Report of the King Institute of Preventive Medicine, Guindy
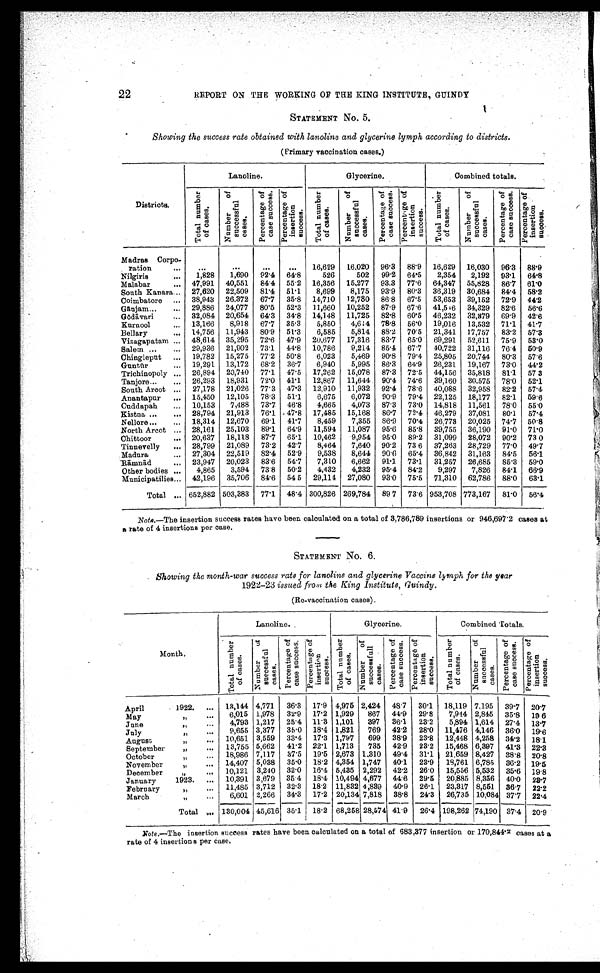
22
REPORT ON THE WORKING OF THE KING INSTITUTE, GUINDY
STATEMENT No. 5.
Showing the success rate obtained with lanoline and glycerine lymph according to districts.
(Primary vaccination cases.)
Districts.
Lanoline.
Glycerine.
Combined totals.
T o t a l n u m b e r o f c a s e s .
N u m b e r o f s u c c e s s f u l c a s e s .
P e r c e n t a g e o f c a s e s u c c e s s .
p e r c e n t a g e o f i n s e r t i o n s u c c e s s .
T o t a l n u m b e r o f c a s e s .
N u m b e r o f s u c c e s s f u l c a s e s .
P e r c e n t a g e o f c a s e s u c c e s s .
P e r c e n t a g e o f i n s e r t i o n s u c c e s s .
T o t a l n u m b e r o f c a s e s .
N u m b e r o f s u c c e s s f u l c a s e s .
P e r c e n t a g e o f c a s e s u c c e s s .
P e r c e n t a g e o f i n s e r t i o n s u c c e s s .
Madras Corpo -
ration . . .
. . .
. . .
. . .
. . .
16,629
16,020
96.3
88.9
16,629
16,030
96.3
88.9
Nilgiris . . .
1,828
1,690
92.4
64.8
526
502
99.2
64.5
2,354
2,192
93.1
64.8
47,991
40,551
84.4
55.2
16,356
15,277
93.3
77.6
64,347
55,828
86.7
61.0
Malabar . . .
South Kanara . . .
27,620
22,509
81.4
51.1
8,699
8,175
93.9
80.3
36,319
30,684
84.4
58.2
Coimbatore . . .
38,943
26,372
67.7
35.8
14,710
12,780
86.8
67.5
53,653
39,152
72.9
44.2
G a n j a m . . .
29,886
24,077
80.5
52.3
11,660
10,252
87.9
67.6
41,546
34,329
82.6
56.6
32,084
20,654
64.3
34.8
14,148
11,725
82.8
60.5
46,232
32,879
69.9
42.6
G o dā
v a r i . . .
Kurnool . . .
13,166
8,918
67.7
35.3
5,850
4,614
78.8
56.0
19,016
13,532
71.1
41.7
Bellary . . .
14,756
11,943
80.9
51.3
6,585
5,814
88.2
70.5
21,341
17,757
83.2
57.3
Vizagapatam . . .
48,614
35,295
72.6
47.9
20,677
17,316
83.7
65.0
69,291
52,611
75.9
53.0
29,936
21,902
73.1
44.8
10,786
9,214
85.4
67.7
40,722
31,116
76.4
50.9
Salem . . .
19,782
15,275
77.2
50.8
6,023
5,469
90.8
79.4
25,805
20,744
80.3
57.6
Chingleput . . .
19,291
13,172
68.2
36.7
6,940
5,995
86.3
64.9
26,231
19,167
73.0
44.2
Gunt ū r . . .
26,894
20,740
77.1
47.5
17,262
15,078
87.3
72.5
44,156
35,818
81.1
57.3
Trichinopoly . . .
26,293
18,931
72.0
41.1
12,867
11,644
90.4
74.6
39,160
30.575
78.0
52.1
Tanjore . . .
27,178
21,026
77.3
47.3
12,910
11,932
92.4
78.6
40,088
32,958
82.2
57.4
South Arcot . . .
15,450
12,105
78.3
51.1
6,675
6,072
90.9
79.4
22,125
18,177
82.1
59.6
Anantapur . . .
Cuddapah . . .
10,153
7,488
73.7
46.8
4,665
4,073
87.3
73.0
14,818
11,561
78.0
55.0
28,794
21,913
76.1
47.8
17,485
15,168
86.7
72.4
46,279
37,081
80.1
57.4
Kistna . . .
Nellore . . .
18,314
12,670
69.1
41.7
8,459
7,355
86.9
70.4
26,773
20,025
74.7
50.8
North Arcot . . .
28,161
25,103
89.1
64.9
11,594
11,087
95.6
85.8
39,755
36,190
91.0
71.0
20,637
18,118
87.7
65.1
10,462
9,954
95.0
89.2
31,099
28,072
90.2
73 0
Chittoor . . .
Tinnevelly . . .
28,799
21,089
73.2
42.7
8,464
7,640
90.2
73 6
37,263
28,729
77.0
49.7
27,304
22,519
82.4
52.9
9,538
8,644
90.6
65.4
36,842
31,163
84.5
56.1
Madura . . .
23,947
20,023
83.6
54.7
7,310
6,662
91.1
73.1
31,257
26,685
85.3
59.0
R ā m n
ā d . . .
4,865
3,594
73.8
50.2
4,432
4,232
95.4
84.2
9,297
7,826
84.1
66.9
Other bodies . . .
42,196
35,706
84.6
54 5
29,114
27,080
93.0
75.5
71,310
62,786
88.0
63.1
Municipatilies . . .
Total . . . 652,882 503,383
77.1
48.4 300,826 269,784
897
73.6 953,708 773,167
81.0
56.4
Note. ― The insertion success rates have been calculated on a total of 3,786,789 insertions or 946,697.2 cases at
a rate of 4 insertions per case.
STATEMENT No. 6.
Showing the month-war success rate for lanoline and glycerine Vaccine lymph for the year
1922-23 issued from the King Institute,Guindy.
(Re-vaccination cases).
M o n t h .
Lanoline.
Glycerine.
Combined Totals.
T o t a l n u m b e r o f c a s e s . N u m b e r o f s u c c e s s f u l c a s e s .
P e r c e n t a g e o f c a s e s u c c e s s . P e r c e n t a g e o f i n s e r t i o n s u c c e s s .
T o t a l n u m b e r o f c a s e s .
N u mb e r o f s u c c e s s f u l c a s e s .
P e r c e n t a g e o f c a s e s u c c e s s .
P e r c e n t a g e o f i n s e r t i o n s u c c e s s .
T o t a l n u m b e r o f c a s e s .
N u mb e r o f s u c c e s s f u l c a s e s .
P e r c e n t a g e o f c a s e s u c c e s s .
P e r c e n t a g e o f i n s e r t i o n s u c c e s s .
April 1922. . . .
13,144 4,771
36.3
17.9
4,975 2,424
48.7
30.1
18,119 7,195
39.7
20.7
6,015
1,978
32.9
17.2 1,929
867
44.9
29.8
7,944 2,845
35.8
19 6
May " . . .
4,793 1,217
25.4
11.3 1,101
397
36.1
23.2
5,894 1,614
27.4
13.7
June " . . .
9 , 6 5 5 3,377
35.0
18.4 1,821
769
42.2
28.0
11,476 4,146
36.0
19.6
July " . . .
10,651
3,559
33.4
17.3
1,797
699
38.9
23.8
12,448 4,258
34.2
18.1
August " . . .
13,755 5,662
41.2
22.1
1,713
735
42.9
23.2
15,468 6,397
41.3
22.3
September " . . .
18,986 7,117
37.5
19.5
2,673
1,310
49.4
31.1
21,659 8,427
38.8
20.8
October " . . .
14,407 5,038
35.0
18.2 4,354
1,747
40.1
23.9
18,761 6,785
36.2
19.5
November " . . .
10,121
3,240
32.0
16.4
5,435
2,292
42.2
26.0
15,556 5,532
35.6
19.8
December " . . .
10,391 3,679
35.4
18.4
10,494 4,677
44.6
29.5
20,885 8,356
40.0
23.7
January 1923. . . .
1 1 , 4 8 5 3,712
32.3
18.2
11,832 4,839
40.9
26.1
23,317 8,551
36.7
22.2
February " . . .
6 , 6 0 1 2,266
34.3
17.2
20,134 7,818
38.8
24.3
26,735 ]0,084 37.7
22.4
March " . . .
Total . . . 130,004 45,616 35.1
18.2
68,258 28,574 41.9
26.4 198,262 74,190
37.4
2 0 . 9
Note . ― The insertion success rates have been calculated on a total of 683,377 insertion or 170,844.2 cases at a
rate of 4 insertions per case.